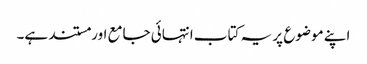
اپنے موضوع پر یہ کتاب انتہائی جامع اور مستند ہے۔